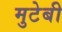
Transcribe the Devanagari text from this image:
मुटेबी